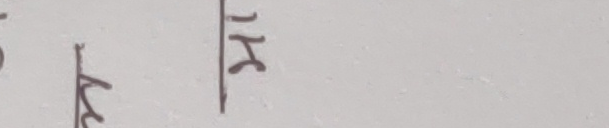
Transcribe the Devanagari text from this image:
सि